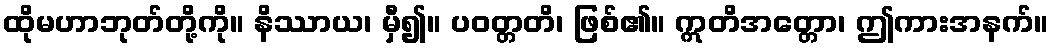
ထိုမဟာဘုတ်တို့ကို။ နိဿာယ၊ မှီ၍။ ပဝတ္တတိ၊ ဖြစ်၏။ ဣတိအတ္တော၊ ဤကားအနက်။